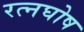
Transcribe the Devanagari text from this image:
रत्नघोष